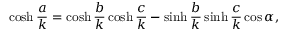
\cosh { \frac { a } { k } } = \cosh { \frac { b } { k } } \cosh { \frac { c } { k } } - \sinh { \frac { b } { k } } \sinh { \frac { c } { k } } \cos \alpha ,